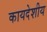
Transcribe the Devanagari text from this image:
कायदेशीय